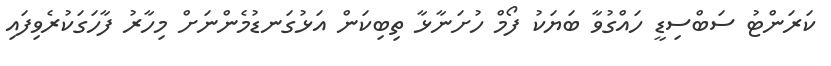
ކަރަންޓު ސަބްސިޑީ ހައްގުވާ ބަޔަކު ފޯމް ހުށަނާޅާ ތިބިކަން އަޅުގަނޑުމެންނަށް މިހާރު ފާހަގަކުރެވިފައި